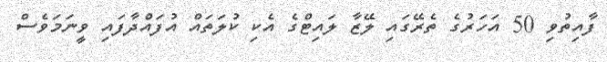
ފާއިތުވި 50 އަހަރުގެ ތެރޭގައި ލޭޒާ ލައިޓްގެ އެކި ކުލަތައް އުފައްދާފައި ވީނަމަވެސް